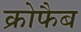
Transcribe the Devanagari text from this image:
क्रोफैब